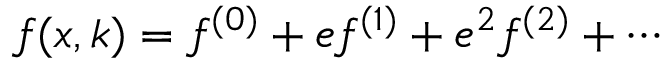
f ( x , k ) = f ^ { ( 0 ) } + e f ^ { ( 1 ) } + e ^ { 2 } f ^ { ( 2 ) } + \cdots